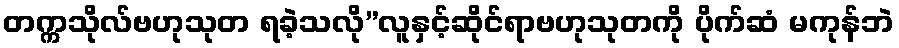
တက္ကသိုလ်ဗဟုသုတ ရခဲ့သလို”လူနှင့်ဆိုင်ရာဗဟုသုတကို ပိုက်ဆံ မကုန်ဘဲ